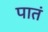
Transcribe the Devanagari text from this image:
पातं